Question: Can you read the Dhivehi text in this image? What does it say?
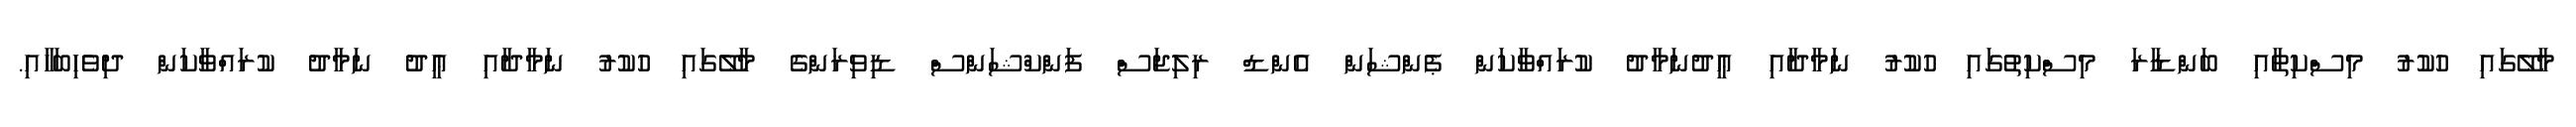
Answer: މާލޭގައި ހުކުރު މިސްކިތާއި ބަންޑާރަ މިސްކިތުގައި ހުކުރު ނަމާދާއި ޢީދުނަމާދު ކުރައްވާކަން ޕެންޝަން އެންޑް ރިލިޖަސް ފަންކްޝަންސް ޑިވިޜަންގެ މާލޭގައި ހުކުރު ނަމާދާއި ޢީދު ނަމާދު ކުރައްވާކަން ދިވެހިބަހާއި.